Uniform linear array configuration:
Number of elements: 4
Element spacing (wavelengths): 1
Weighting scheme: exponential
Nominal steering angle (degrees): -45
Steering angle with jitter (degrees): -44.822
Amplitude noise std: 0.05
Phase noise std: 0.05

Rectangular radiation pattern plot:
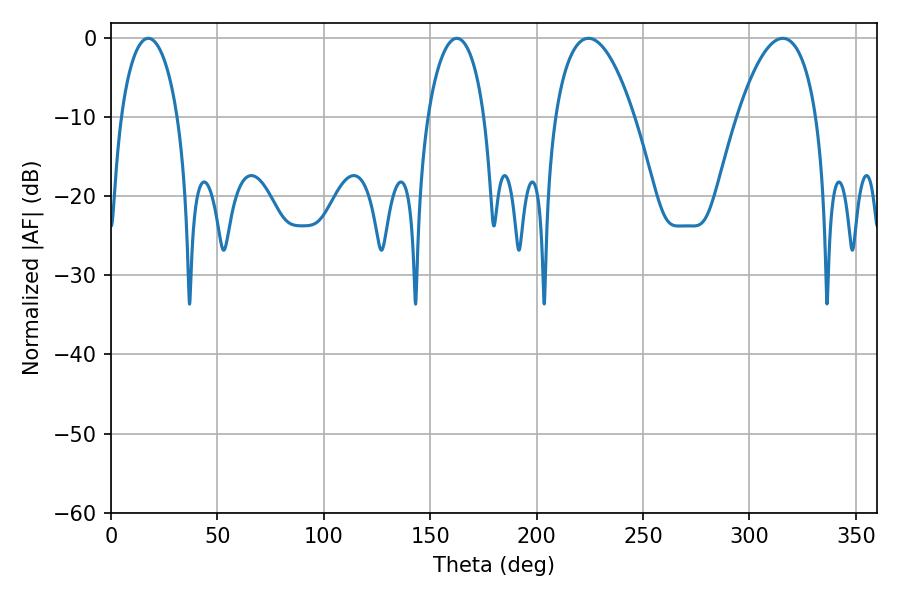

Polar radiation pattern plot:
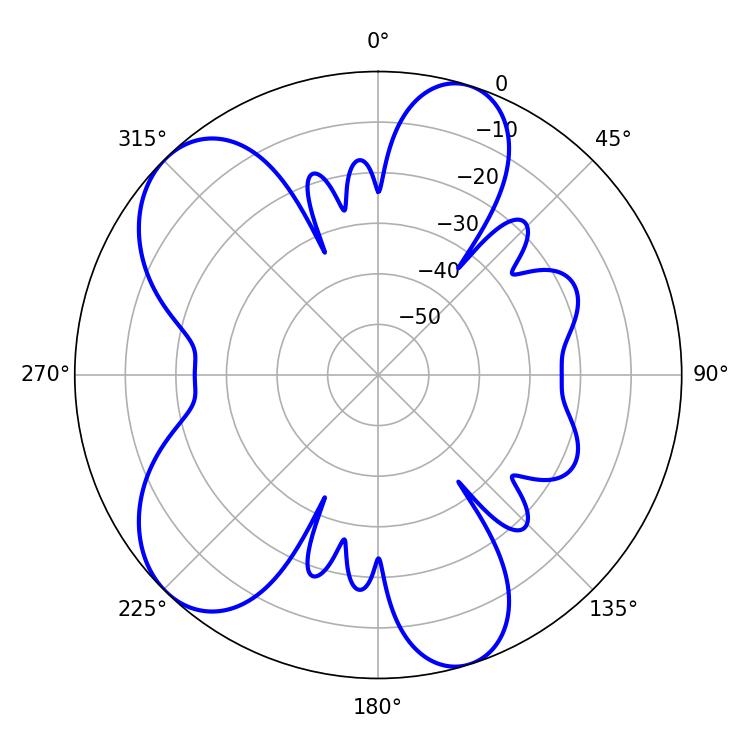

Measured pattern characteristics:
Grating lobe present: TRUE
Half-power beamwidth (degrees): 15.12
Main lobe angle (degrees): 17.46